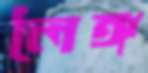
লৈঙ্গ